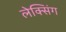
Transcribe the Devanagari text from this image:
लेक्सिंग